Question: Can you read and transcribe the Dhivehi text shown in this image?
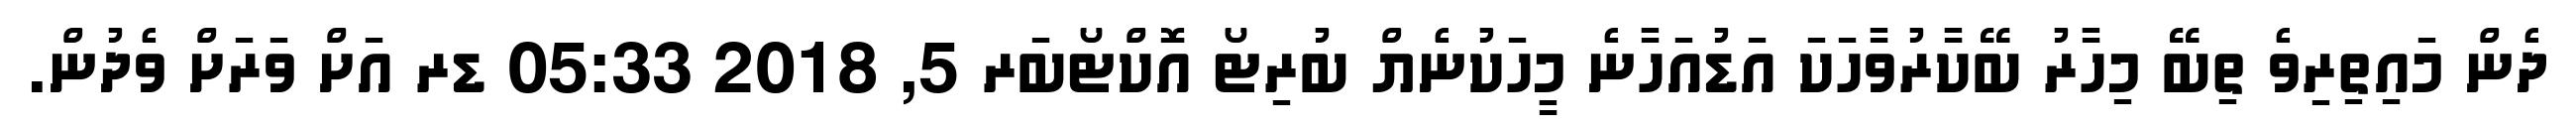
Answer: ދެން މައިތިރިވެ ތިބޭ މިހާރު ބޭކާރުވާހަކަ އަޑުއަހާނެ މީހަކުނެޔް ބުރިޓޯ އޮކްޓޯބަރ 5, 2018 05:33 ޑރ އަށް ވަރަށް ވެދުން.